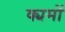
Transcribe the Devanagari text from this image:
क्यमों